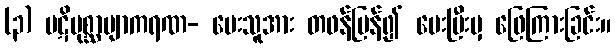
(၃) ပဋိပုစ္ဆာဗျာကရဏ- မေးသူအား တဖန်ပြန်၍ မေးပြီးမှ ဖြေကြားခြင်း။